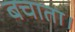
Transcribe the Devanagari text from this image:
बचाता।